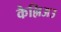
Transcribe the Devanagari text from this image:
कैल्लिअउ